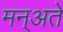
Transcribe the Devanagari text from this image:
मन्अते